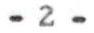
- 2 -